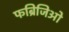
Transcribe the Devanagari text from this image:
फब्रिजिओ